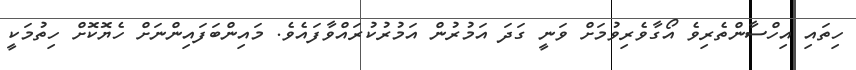
ހިތައި އިހްސާންތެރިވެ އޯގާވެރިވުމަށް ވަނީ ގަދަ އަމުރުން އަމުރުކުރައްވާފައެވެ. މައިންބަފައިންނަށް ހެޔޮކޮށް ހިތުމަކީ